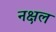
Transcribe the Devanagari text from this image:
नक्षल